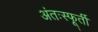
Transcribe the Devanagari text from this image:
अंतःस्फूर्ती